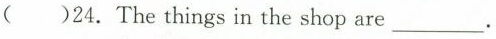
( )24.The things in the shop are ___ .